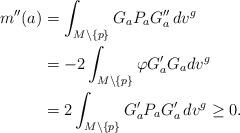
LaTeX: \begin{align*}m''(a ) & = \int_{M \setminus \{ p \}} G_a P_a G_a''\, dv^{g}\\& = -2 \int_{M \setminus \{ p \} } \varphi G_a' G_a dv^g \\& = 2 \int_{M \setminus \{ p \}} G_a' P_a G_a'\, dv^g \geq 0. \end{align*}